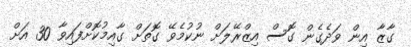
ގާޒާ އިން ވަދެގެން ގޮސް އިޒްރޭލަށް ނުކުމެވޭ ގޮތަށް ގާއިމުކޮށްފައިވާ 30 އަށް